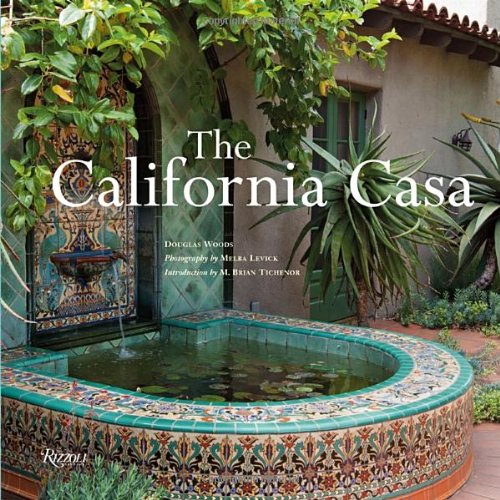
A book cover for The California Casa; Douglas Woods; Crafts, Hobbies & Home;